Etiology and epidemiology of plague
Disease focus: Plague
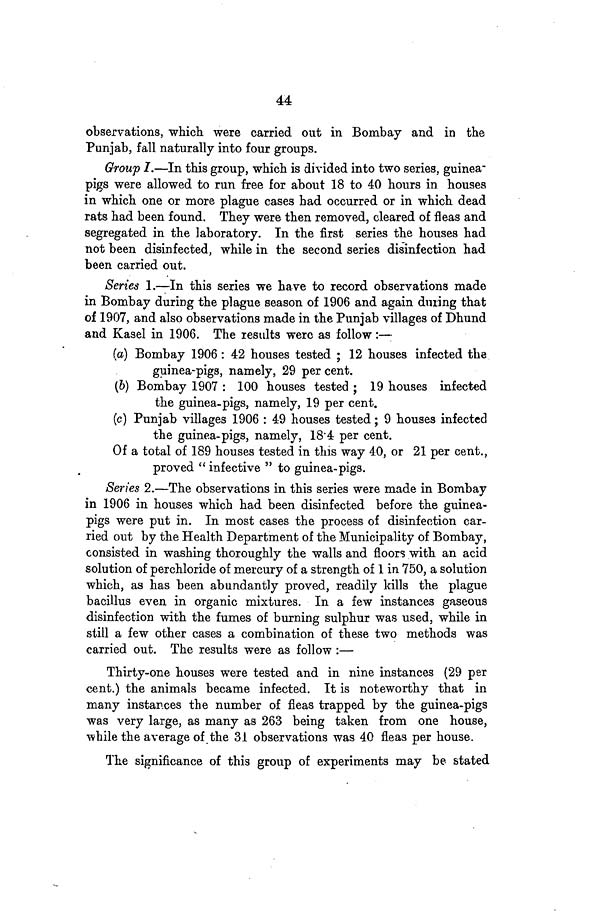
44
observations, which were carried out in Bombay and in the
Punjab, fall naturally into four groups.
Group I.—In this group, which is divided into two series, guinea-
pigs were allowed to run free for about 18 to 40 hours in houses
in which one or more plague cases had occurred or in which dead
rats had been found. They were then removed, cleared of fleas and
segregated in the laboratory. In the first series the houses had
not been disinfected, while in the second series disinfection had
been carried out.
Series 1.—In this series we have to record observations made
in Bombay during the plague season of 1906 and again during that
of 1907, and also observations made in the Punjab villages of Dhund
and Kasel in 1906. The results were as follow:—
(a) Bombay 1906 : 42 houses tested ; 12 houses infected the
guinea-pigs, namely, 29 per cent.
(6) Bombay 1907 : 100 houses tested ; 19 houses infected
the guinea-pigs, namely, 19 per cent.
(c) Punjab villages 1906 : 49 houses tested; 9 houses infected
the guinea-pigs, namely, 184 per cent.
Of a total of 189 houses tested in this way 40, or 21 per cent.,
proved " infective " to guinea-pigs.
Series 2.—The observations in this series were made in Bombay
in 1906 in houses which had been disinfected before the guinea-
pigs were put in. In most cases the process of disinfection car-
ried out by the Health Department of the Municipality of Bombay,
consisted in washing thoroughly the walls and floors with an acid
solution of perchloride of mercury of a strength of 1 in 750, a solution
which, as has been abundantly proved, readily kills the plague
bacillus even in organic mixtures. In a few instances gaseous
disinfection with the fumes of burning sulphur was used, while in
still a few other cases a combination of these two methods was
carried out. The results were as follow :—
Thirty-one houses were tested and in nine instances (29 per
cent.) the animals became infected. It is noteworthy that in
many instances the number of fleas trapped by the guinea-pigs
was very large, as many as 263 being taken from one house,
while the average of the 31 observations was 40 fleas per house.
The significance of this group of experiments may be stated